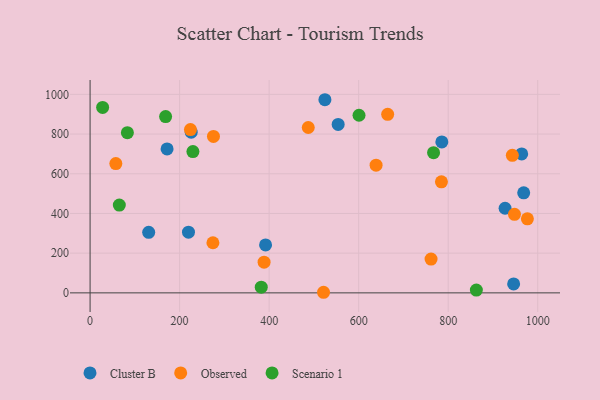
{"axis": {"x": "Distance", "y": "Profit"}, "legend": ["Cluster B", "Observed", "Scenario 1"], "data": [{"x": "968.7", "y": 503.8, "type": "Cluster B"}, {"x": "927.1", "y": 426.4, "type": "Cluster B"}, {"x": "554.2", "y": 848.6, "type": "Cluster B"}, {"x": "130.9", "y": 305.1, "type": "Cluster B"}, {"x": "524.6", "y": 973.0, "type": "Cluster B"}, {"x": "392.0", "y": 241.5, "type": "Cluster B"}, {"x": "785.8", "y": 760.4, "type": "Cluster B"}, {"x": "225.9", "y": 809.6, "type": "Cluster B"}, {"x": "172.0", "y": 725.3, "type": "Cluster B"}, {"x": "964.2", "y": 699.9, "type": "Cluster B"}, {"x": "219.8", "y": 305.7, "type": "Cluster B"}, {"x": "946.2", "y": 45.3, "type": "Cluster B"}, {"x": "638.9", "y": 643.4, "type": "Observed"}, {"x": "224.2", "y": 822.6, "type": "Observed"}, {"x": "943.3", "y": 693.0, "type": "Observed"}, {"x": "976.9", "y": 372.8, "type": "Observed"}, {"x": "761.7", "y": 170.1, "type": "Observed"}, {"x": "57.5", "y": 651.5, "type": "Observed"}, {"x": "388.7", "y": 154.6, "type": "Observed"}, {"x": "487.4", "y": 833.2, "type": "Observed"}, {"x": "275.6", "y": 788.0, "type": "Observed"}, {"x": "521.5", "y": 3.0, "type": "Observed"}, {"x": "664.8", "y": 899.5, "type": "Observed"}, {"x": "274.4", "y": 252.6, "type": "Observed"}, {"x": "948.1", "y": 395.7, "type": "Observed"}, {"x": "784.9", "y": 559.4, "type": "Observed"}, {"x": "600.8", "y": 894.9, "type": "Scenario 1"}, {"x": "382.4", "y": 28.6, "type": "Scenario 1"}, {"x": "65.3", "y": 442.1, "type": "Scenario 1"}, {"x": "767.3", "y": 706.5, "type": "Scenario 1"}, {"x": "229.7", "y": 711.6, "type": "Scenario 1"}, {"x": "83.3", "y": 806.8, "type": "Scenario 1"}, {"x": "168.7", "y": 888.3, "type": "Scenario 1"}, {"x": "28.0", "y": 934.2, "type": "Scenario 1"}, {"x": "862.9", "y": 14.2, "type": "Scenario 1"}]}